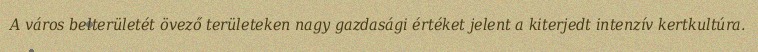
A város belterületét övező területeken nagy gazdasági értéket jelent a kiterjedt intenzív kertkultúra.